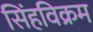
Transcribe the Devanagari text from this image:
सिंहविक्रम